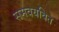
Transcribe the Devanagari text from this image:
समवयवित